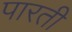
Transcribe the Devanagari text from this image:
पारती